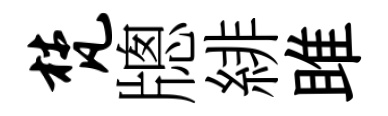
梵牕緋雎